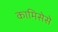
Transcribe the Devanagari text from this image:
कामिसेसे